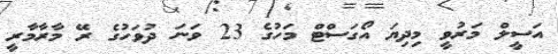
އަސީލް މަރުވީ މިދިޔަ އޯގަސްޓް މަހުގެ 23 ވަނަ ދުވަހުގެ ރޭ މާރާމާރީ